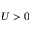
U > 0